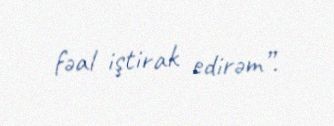
fəal iştirak edirəm”.